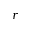
r